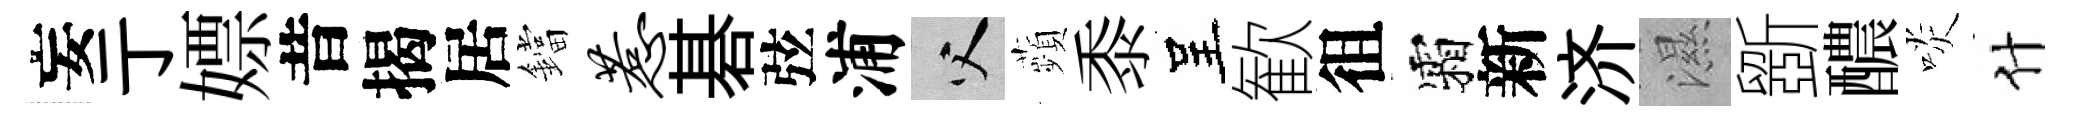
妄亍嫖昔揭居鐺惹碁弦浦父蘋黍呈歓徂霜新济濕斵醲啖什